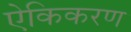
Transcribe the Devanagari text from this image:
ऐकिकरण